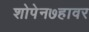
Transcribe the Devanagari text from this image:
शोपेन७हावर